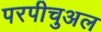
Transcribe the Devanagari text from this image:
परपीचुअल